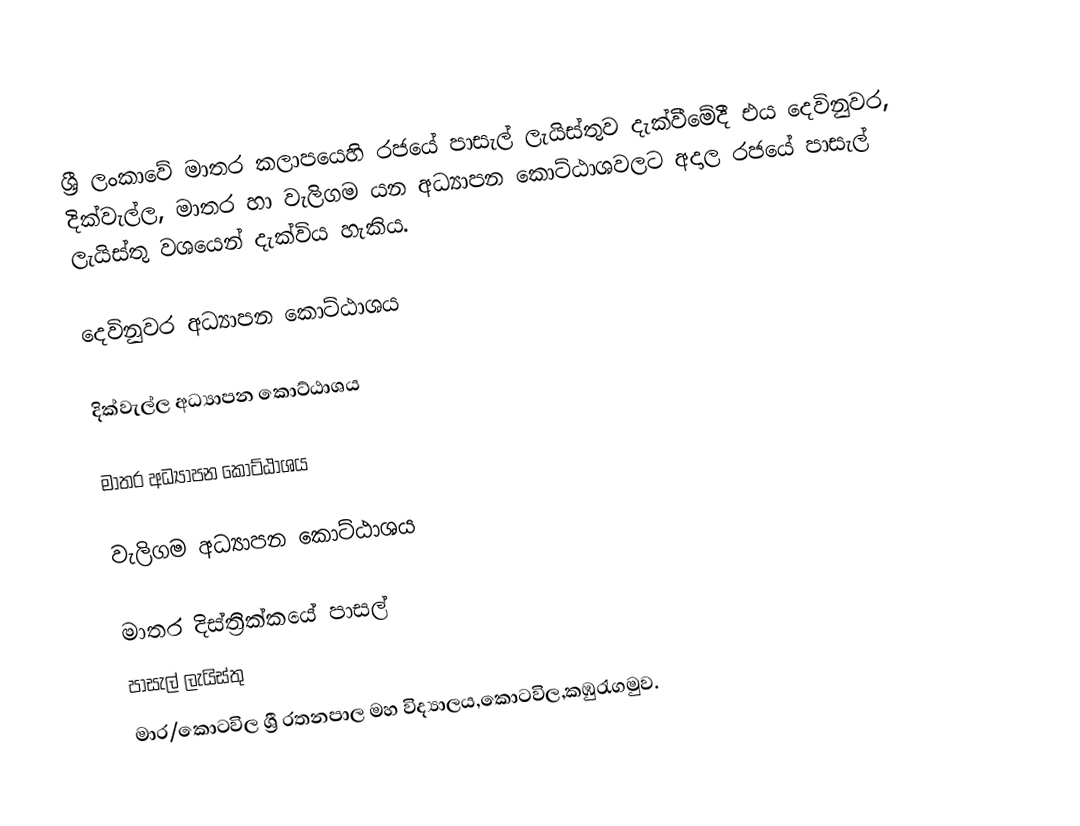
ශ්‍රී ලංකාවේ මාතර කලාපයෙහි රජයේ පාසැල් ලැයිස්තුව  දැක්වීමේදී  එය දෙවිනුවර, දික්වැල්ල, මාතර හා වැලිගම යන අධ්‍යාපන කොට්ඨාශවලට අදාල රජයේ පාසැල් ලැයිස්තු වශයෙන් දැක්විය හැකිය.

දෙවිනුවර අධ්‍යාපන කොට්ඨාශය

දික්වැල්ල අධ්‍යාපන කොට්ඨාශය

මාතර  අධ්‍යාපන කොට්ඨාශය

වැලිගම  අධ්‍යාපන කොට්ඨාශය

මාතර දිස්ත්‍රික්කයේ පාසල්
පාසැල් ලැයිස්තු
මාර/කොටවිල ශ්‍රී රතනපාල මහ විද්‍යාලය,කොටවිල,කඹුරැගමුව.